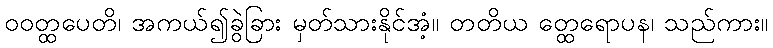
ဝဝတ္ထပေတိ၊ အကယ်၍ခွဲခြား မှတ်သားနိုင်အံ့။ တတိယ တ္ထေရောပန၊ သည်ကား။